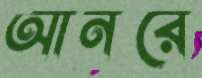
আনরে